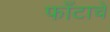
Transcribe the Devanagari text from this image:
फाँटाचे